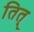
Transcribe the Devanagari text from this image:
तित्